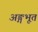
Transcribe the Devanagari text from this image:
अङ्गभूत